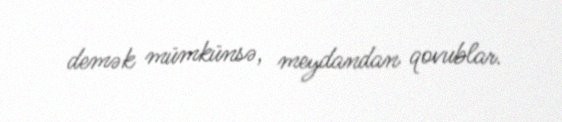
demək mümkünsə, meydandan qovublar.